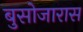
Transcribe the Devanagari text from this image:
बुसोजारास